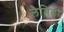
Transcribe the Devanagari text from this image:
लैमिली